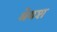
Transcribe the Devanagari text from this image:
श्रेयश